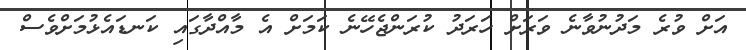
އަށް ވުރެ މަދުނުވާނެ ވަރަށް ހަރަދު ކުރަންޖެހޭނެ ކަމަށް އެ މާއްދާގައި ކަނޑައެޅުމަށްވެސް